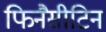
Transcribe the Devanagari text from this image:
फिनैसीटिन